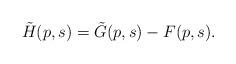
LaTeX: \begin{align*}\tilde H(p,s) = \tilde G(p,s) - F(p,s).\end{align*}